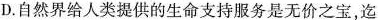
D.自然界给人类提供的生命支持服务是无价之宝，迄